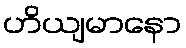
ဟိယျမာနော